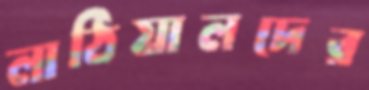
লাঠিয়ালদের